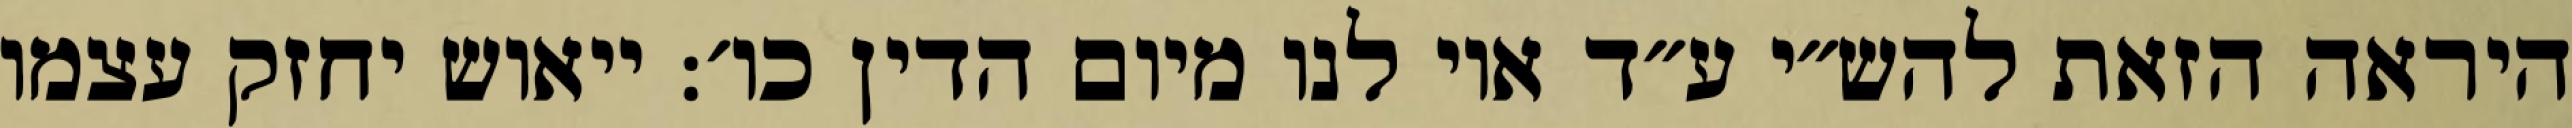
היראה הזאת להש״י ע״ד אוי לנו מיום הדין כו׳: ייאוש יחזק עצמו